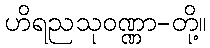
ဟိရညသုဝဏ္ဏာ-တို့။